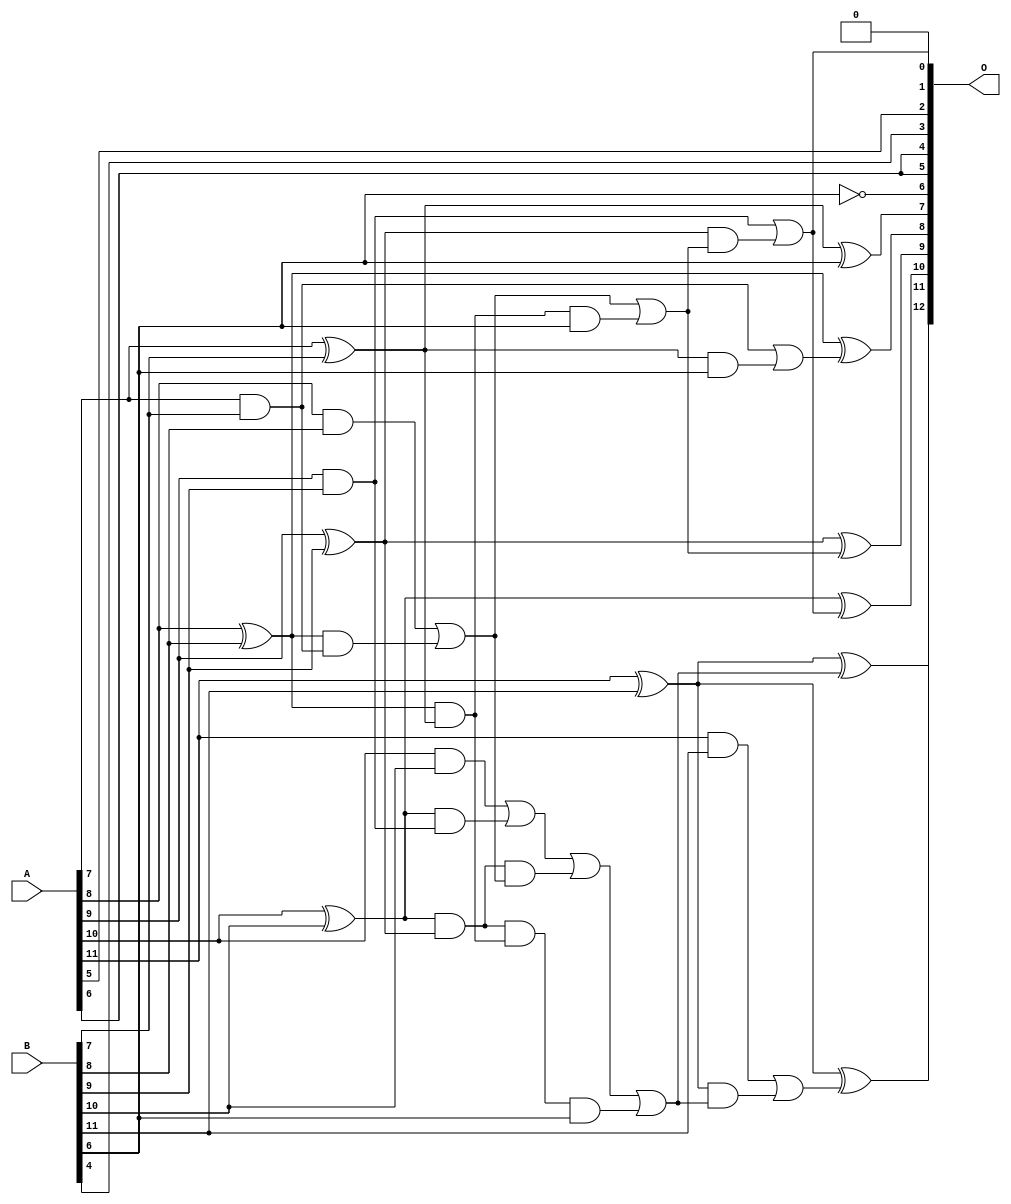
// This program was cloned from: https://github.com/ehw-fit/evoapproxlib
// License: MIT License

/***
* This code is a part of EvoApproxLib library (ehw.fit.vutbr.cz/approxlib) distributed under The MIT License.
* When used, please cite the following article(s): V. Mrazek, L. Sekanina, Z. Vasicek "Libraries of Approximate Circuits: Automated Design and Application in CNN Accelerators" IEEE Journal on Emerging and Selected Topics in Circuits and Systems, Vol 10, No 4, 2020 
* This file contains a circuit from a sub-set of pareto optimal circuits with respect to the pwr and mse parameters
***/
// MAE% = 0.50 %
// MAE = 21 
// WCE% = 1.61 %
// WCE = 66 
// WCRE% = 6400.00 %
// EP% = 98.49 %
// MRE% = 6.79 %
// MSE = 639 
// PDK45_PWR = 0.023 mW
// PDK45_AREA = 50.2 um2
// PDK45_DELAY = 0.43 ns

module add12se_529 (
    A,
    B,
    O
);

input [11:0] A;
input [11:0] B;
output [12:0] O;

wire sig_38,sig_39,sig_40,sig_41,sig_42,sig_43,sig_44,sig_45,sig_46,sig_47,sig_48,sig_58,sig_59,sig_60,sig_61,sig_62,sig_63,sig_69,sig_70,sig_71;
wire sig_74,sig_75,sig_78,sig_79,sig_86,sig_87,sig_88,sig_89,sig_90,sig_91,sig_97,sig_98,sig_99,sig_100,sig_101,sig_102,sig_103;

assign sig_38 = A[7] & B[7];
assign sig_39 = A[7] ^ B[7];
assign sig_40 = A[8] & B[8];
assign sig_41 = A[8] ^ B[8];
assign sig_42 = A[9] & B[9];
assign sig_43 = A[9] ^ B[9];
assign sig_44 = A[10] & B[10];
assign sig_45 = A[10] ^ B[10];
assign sig_46 = A[11] & B[11];
assign sig_47 = A[11] ^ B[11];
assign sig_48 = A[11] ^ B[11];
assign sig_58 = sig_41 & sig_38;
assign sig_59 = sig_41 & sig_39;
assign sig_60 = sig_40 | sig_58;
assign sig_61 = sig_45 & sig_42;
assign sig_62 = sig_45 & sig_43;
assign sig_63 = sig_44 | sig_61;
assign sig_69 = sig_62 & sig_60;
assign sig_70 = sig_62 & sig_59;
assign sig_71 = sig_63 | sig_69;
assign sig_74 = sig_70 & B[6];
assign sig_75 = sig_71 | sig_74;
assign sig_78 = sig_59 & B[6];
assign sig_79 = sig_60 | sig_78;
assign sig_86 = sig_39 & B[6];
assign sig_87 = sig_38 | sig_86;
assign sig_88 = sig_43 & sig_79;
assign sig_89 = sig_42 | sig_88;
assign sig_90 = sig_47 & sig_75;
assign sig_91 = sig_46 | sig_90;
assign sig_97 = ~B[6];
assign sig_98 = sig_39 ^ B[6];
assign sig_99 = sig_41 ^ sig_87;
assign sig_100 = sig_43 ^ sig_79;
assign sig_101 = sig_45 ^ sig_89;
assign sig_102 = sig_47 ^ sig_75;
assign sig_103 = sig_48 ^ sig_91;

assign O[12] = sig_103;
assign O[11] = sig_102;
assign O[10] = sig_101;
assign O[9] = sig_100;
assign O[8] = sig_99;
assign O[7] = sig_98;
assign O[6] = sig_97;
assign O[5] = A[6];
assign O[4] = A[6];
assign O[3] = B[4];
assign O[2] = A[5];
assign O[1] = 1'b0;
assign O[0] = sig_89;

endmodule